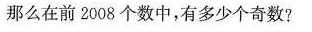
那么在前2008个数中，有多少个奇数?